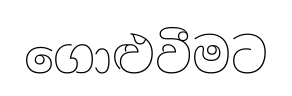
ගොළුවීමට